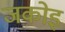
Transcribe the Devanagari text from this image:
जकोइ